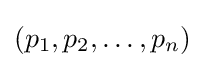
(p_{1},p_{2},\dots ,p_{n})